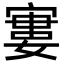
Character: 寠